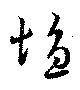
塩